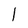
Character: l